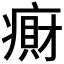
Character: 𫞭